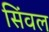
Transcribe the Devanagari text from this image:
सिंवल